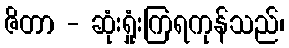
ဇိတာ - ဆုံးရှုံးကြရကုန်သည်၊